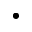
\bullet